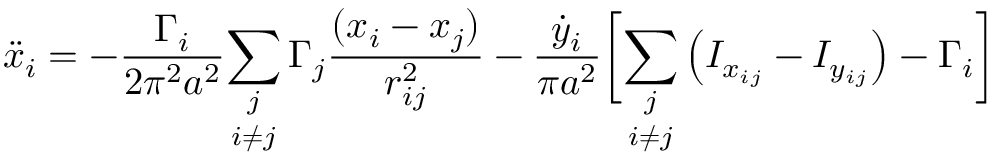
\ddot { x } _ { i } = - \frac { \Gamma _ { i } } { 2 \pi ^ { 2 } a ^ { 2 } } \underset { i \neq j } { \sum _ { j } } \, \Gamma _ { j } \frac { ( x _ { i } - x _ { j } ) } { r _ { i j } ^ { 2 } } - \frac { \dot { y } _ { i } } { \pi a ^ { 2 } } \biggr [ \underset { i \neq j } { \sum _ { j } } \left( I _ { x _ { i j } } - I _ { y _ { i j } } \right) - \Gamma _ { i } \biggr ]